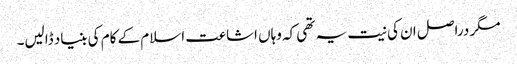
مگر دراصل ان کی نیت یہ تھی کہ وہاں اشاعت اسلام کے کام کی بنیاد ڈالیں۔